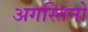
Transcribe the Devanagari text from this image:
अगस्तिनो